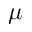
\mu